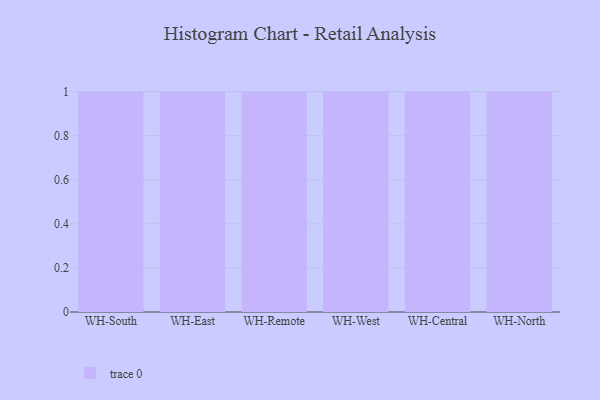
{"axis": {"x": "Warehouse", "y": "Churn Rate (%)"}, "legend": [""], "data": [{"x": "WH-South", "y": 93, "type": ""}, {"x": "WH-East", "y": 84, "type": ""}, {"x": "WH-Remote", "y": 86, "type": ""}, {"x": "WH-West", "y": 16, "type": ""}, {"x": "WH-Central", "y": 60, "type": ""}, {"x": "WH-North", "y": 59, "type": ""}]}